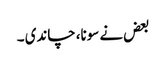
بعض نے سونا، چاندی ۔